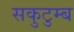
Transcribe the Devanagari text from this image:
सकुटुम्ब